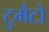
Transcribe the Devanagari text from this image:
टुमैटो